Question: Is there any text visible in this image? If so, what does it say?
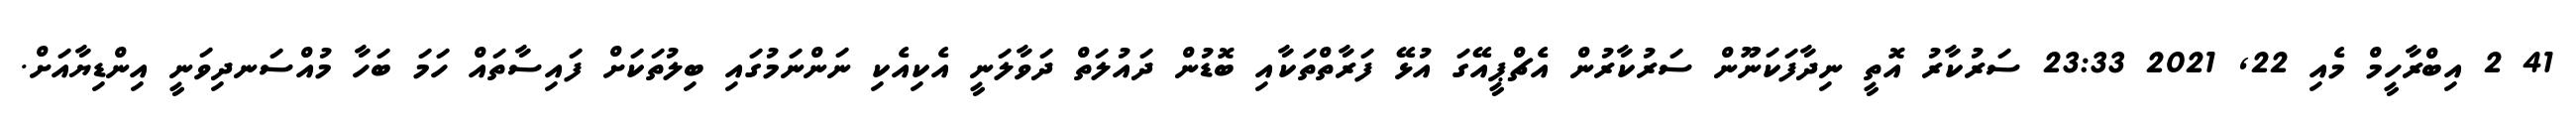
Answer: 41 2 އިބްރާހީމް މެއި 22, 2021 23:33 ސަރުކާރު އޮތީ ނިދާފަކަނޫން ސަރުކާރުން އެޗްޕީއޭގަ އުޅޭ ފަރާތްތަކާއި ބޮޑުން ދައުލަތް ދަވާލަނީ އެކިއެކި ނަންނަމުގައި ބިލުތަކަށް ފައިސާތައް ހަމަ ބަހާ މުއްސަނދިވަނީ އިންޑިޔާއަށް.